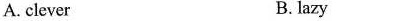
A. clever B. lazy